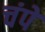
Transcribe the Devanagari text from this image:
चंपे